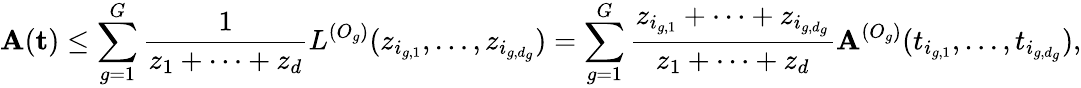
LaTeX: \mathbf{A}(\textbf{{t}})\leq\sum_{g=1}^{G}\frac{{1}}{{z_{1}+\dots+z_{d}}}L^{(O_{g})}(z_{i_{g,1}},\dots,z_{i_{g,d_{g}}})=\sum_{g=1}^{G}\frac{{z_{i_{g,1}}+\dots+z_{i_{g,d_{g}}}}}{{z_{1}+\dots+z_{d}}}\mathbf{A}^{(O_{g})}(t_{i_{g,1}},\dots,t_{i_{g,d_{g}}}),